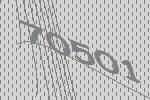
70501